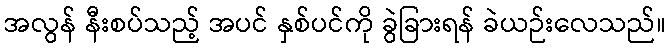
အလွန် နီးစပ်သည့် အပင် နှစ်ပင်ကို ခွဲခြားရန် ခဲယဉ်းလေသည်။